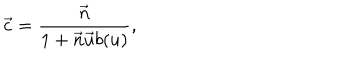
\vec { c } = \frac { \vec { n } } { 1 + \vec { n } \vec { u } b ( u ) } ,